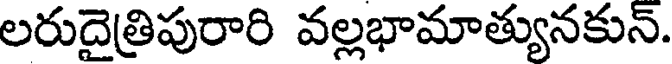
లరుదైత్రిపురారి వల్లభామాత్యునకున్.